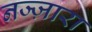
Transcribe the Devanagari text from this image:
नज्ज़ारा